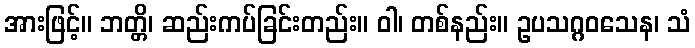
အားဖြင့်။ ဘတ္တိ၊ ဆည်းကပ်ခြင်းတည်း။ ဝါ၊ တစ်နည်း။ ဥပသဂ္ဂဝသေန၊ သံ